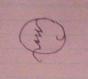
Signature authenticity: forged